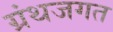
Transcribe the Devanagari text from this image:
ग्रंथजगत